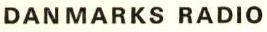
DANMARKS RADIO